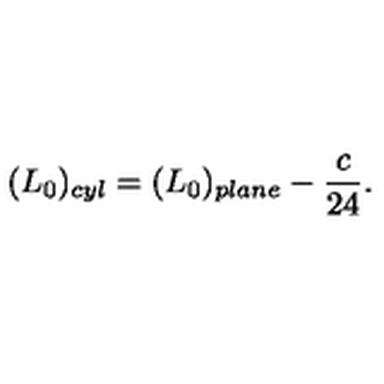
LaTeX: ( L _ { 0 } ) _ { c y l } = ( L _ { 0 } ) _ { p l a n e } - \frac { c } { 2 4 } .